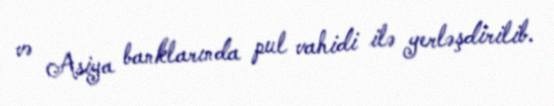
və Asiya banklarında pul vahidi ilə yerləşdirilib.